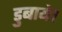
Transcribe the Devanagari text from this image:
डुबाये।